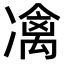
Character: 𠘅